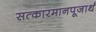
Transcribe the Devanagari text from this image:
सत्कारमानपूजार्थं